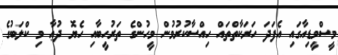
މީސްމީޑިއާގައި އެފަދަ ހަރަކާތްތައް ހިއްސާކުރުމުން މީހުންގެ ތަރުހީބާއި ހެޔޮ ދުޢާ މި ކްލަބުގެ